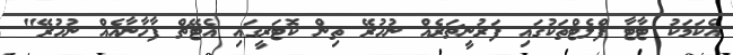
އެކަމަކު ޓާޓާ ފްލެޓްތަކުގައި ފަރުނީޗަރެއް ނުހުރޭ ތިން ކޮޓަރީގައި އެޓޭޗް ފާހާނާއެއް ނުހުރޭ"